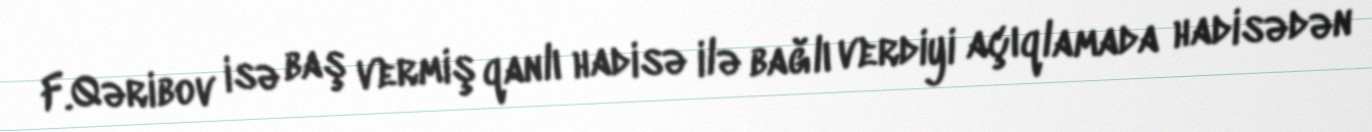
F.Qəribov isə baş vermiş qanlı hadisə ilə bağlı verdiyi açıqlamada hadisədən